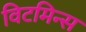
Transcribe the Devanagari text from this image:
विटमिन्स